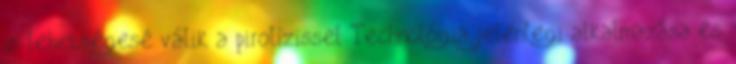
is lehetségesé válik a pirolízissel Technológia jelenlegi alkalmazása és